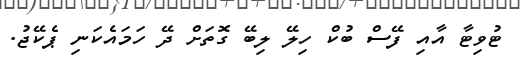
ޓުވިޓާ އާއި ފޭސް ބުކް ހިލޭ ލިބޭ ގޮތަށް ދޭ ހަމައެކަނި ޕެކޭޖު.